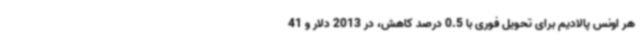
هر اونس پالادیم برای تحویل فوری با 0.5 درصد کاهش، در 2013 دلار و 41